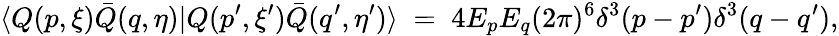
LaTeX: \langle Q(p,\xi)\bar{Q}(q,\eta)|Q(p^{\prime},\xi^{\prime})\bar{Q}(q^{\prime},\eta^{\prime})\rangle\; =\; 4E_{p}E_{q}(2\pi)^{6}\delta^{3}(p-p^{\prime})\delta^{3}(q-q^{\prime}),